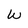
Character: w